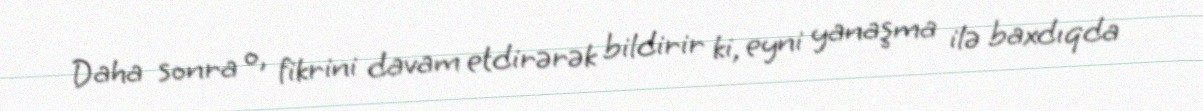
Daha sonra o, fikrini davam etdirərək bildirir ki, eyni yanaşma ilə baxdıqda